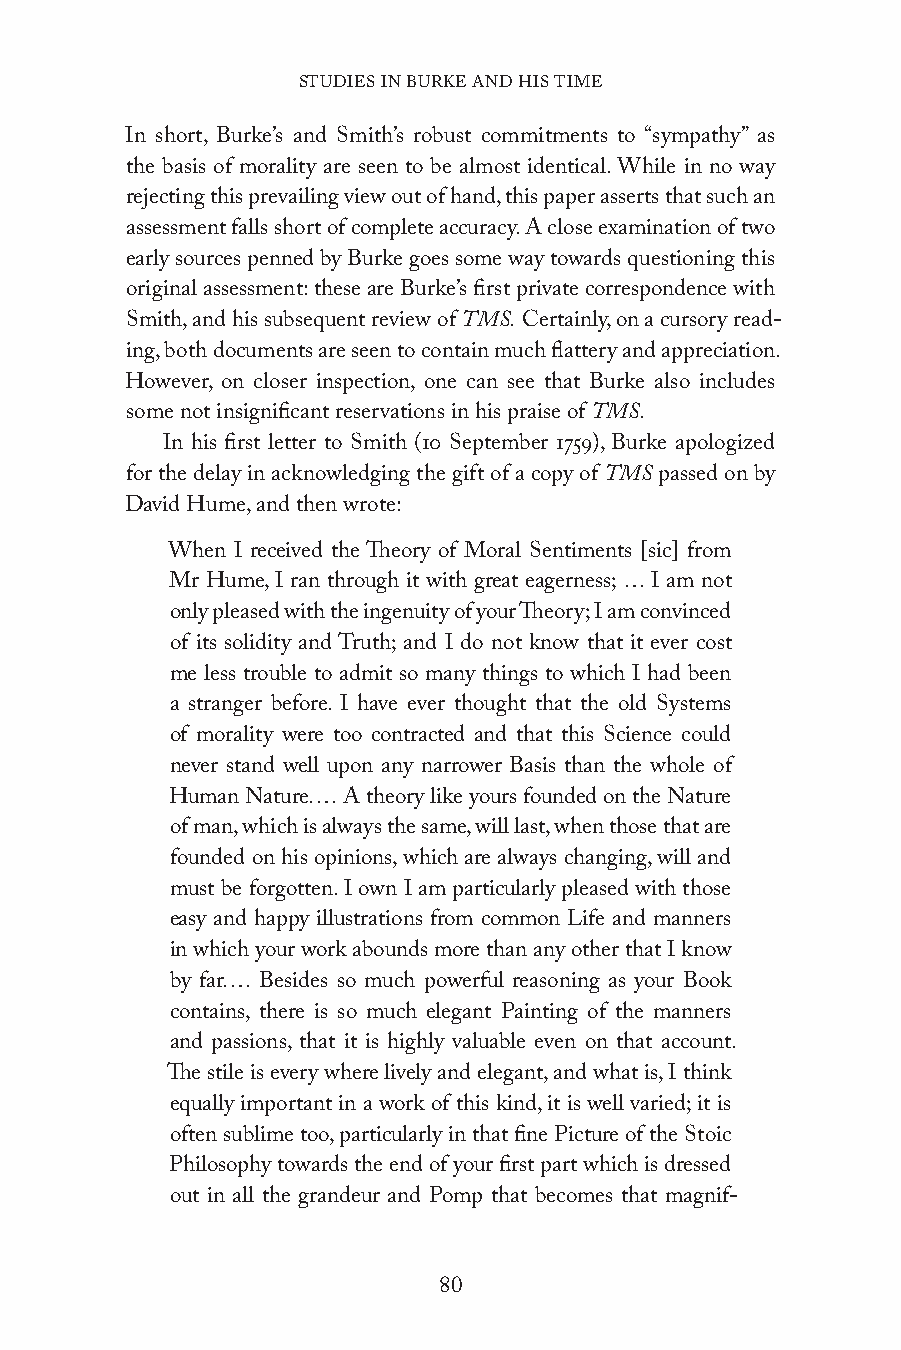
STUDIES IN BURKE AND HIS TIME
 In short, Burke’s and Smith’s robust commitments to “sympathy” as
 the basis of morality are seen to be almost identical. While in no way
 rejecting this prevailing view out of hand, this paper asserts that such an
 assessment falls short of complete accuracy. A close examination of two
 early sources penned by Burke goes some way towards questioning this
 original assessment: these are Burke’s first private correspondence with
 Smith, and his subsequent review of TMS. Certainly, on a cursory read-
 ing, both documents are seen to contain much flattery and appreciation.
 However, on closer inspection, one can see that Burke also includes
 some not insignificant reservations in his praise of TMS.
 In his first letter to Smith (10 September 1759), Burke apologized
 for the delay in acknowledging the gift of a copy of TMS passed on by
 David Hume, and then wrote:
 When I received the Theory of Moral Sentiments [sic] from
 Mr Hume, I ran through it with great eagerness; … I am not
 only pleased with the ingenuity of your Theory; I am convinced
 of its solidity and Truth; and I do not know that it ever cost
 me less trouble to admit so many things to which I had been
 a stranger before. I have ever thought that the old Systems
 of morality were too contracted and that this Science could
 never stand well upon any narrower Basis than the whole of
 Human Nature.… A theory like yours founded on the Nature
 of man, which is always the same, will last, when those that are
 founded on his opinions, which are always changing, will and
 must be forgotten. I own I am particularly pleased with those
 easy and happy illustrations from common Life and manners
 in which your work abounds more than any other that I know
 by far.… Besides so much powerful reasoning as your Book
 contains, there is so much elegant Painting of the manners
 and passions, that it is highly valuable even on that account.
 The stile is every where lively and elegant, and what is, I think
 equally important in a work of this kind, it is well varied; it is
 often sublime too, particularly in that fine Picture of the Stoic
 Philosophy towards the end of your first part which is dressed
 out in all the grandeur and Pomp that becomes that magnif-
 80